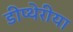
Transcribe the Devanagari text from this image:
डीप्थेरीया